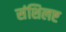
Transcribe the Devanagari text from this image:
संशिलष्ट